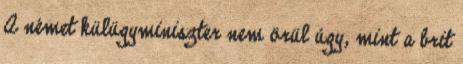
A német külügyminiszter nem örül úgy, mint a brit